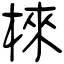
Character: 棶